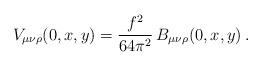
LaTeX: \begin{align*}V_{\mu\nu\rho}(0,x,y)=\frac{f^2}{64\pi^2}\,B_{\mu\nu\rho}(0,x,y)\, .\end{align*}